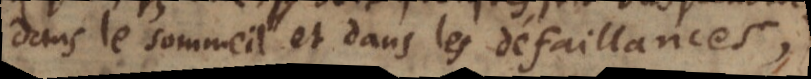
dans le sommeil et dans les defaillances),